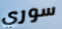
سوري